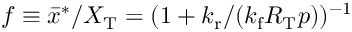
f \equiv \bar { x } ^ { \ast } / X _ { \mathrm { T } } = ( 1 + { k _ { \mathrm { r } } } / ( { k _ { \mathrm { f } } } R _ { \mathrm { T } } p ) ) ^ { - 1 }